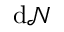
\mathrm { d } { \mathcal { N } }